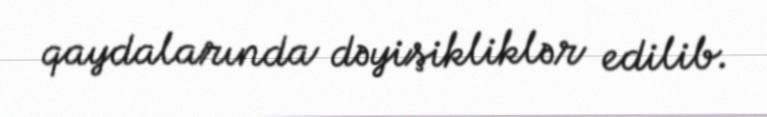
qaydalarında dəyişikliklər edilib.